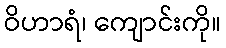
ဝိဟာရံ၊ ကျောင်းကို။